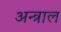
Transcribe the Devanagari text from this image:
अन्त्राल